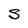
Character: S